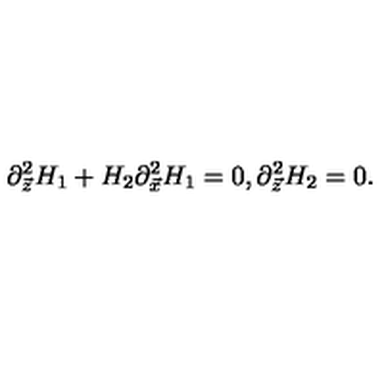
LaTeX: \partial _ { \vec { z } } ^ { 2 } H _ { 1 } + H _ { 2 } \partial _ { \vec { x } } ^ { 2 } H _ { 1 } = 0 , \partial _ { \vec { z } } ^ { 2 } H _ { 2 } = 0 .